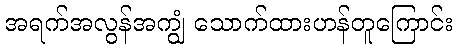
အရက်အလွန်အကျွံ သောက်ထားဟန်တူကြောင်း